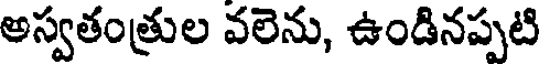
అస్వతంత్రుల వలెను, ఉండినప్పటి